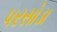
પરસોડા